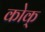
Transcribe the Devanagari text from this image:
कोक्